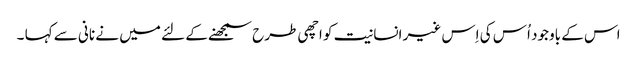
اس کے باوجود اُس کی اِس غیر انسانیت کو اچھی طرح سمجھنے کے لئے میں نے نانی سے کہا ۔